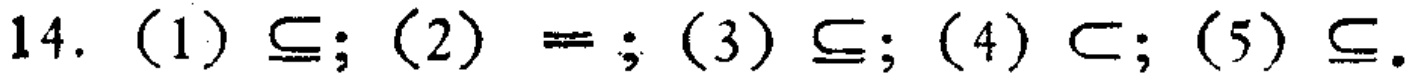
14. （1）$\subseteq$; （2）$=$; （3）$\subseteq$; （4）$\subset$; （5）$\subseteq$.